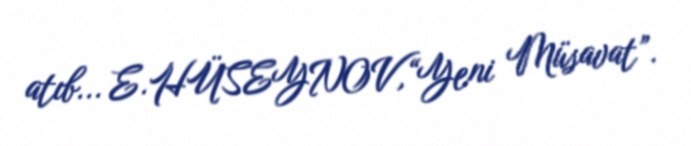
atıb... E.HÜSEYNOV,“Yeni Müsavat”.